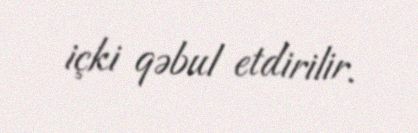
içki qəbul etdirilir.